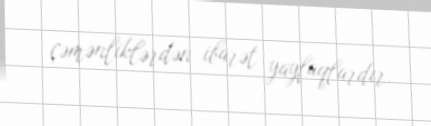
çəmənliklərdən ibarət yaylaqlardır.